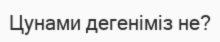
Цунами дегеніміз не?